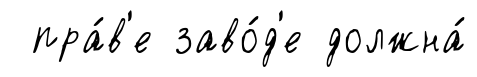
пра́в'е заво́д'е должна́